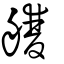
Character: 艭